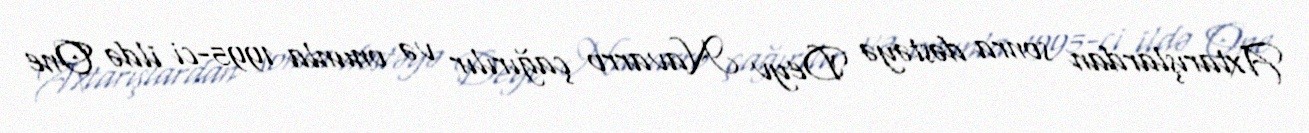
Axtarışlardan sonra dəstəyə Deyv Navarro çağırılır və onunla 1995-ci ildə One